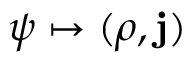
\psi \mapsto ( \rho , \mathbf { j } )